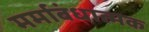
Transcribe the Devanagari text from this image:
मर्माबंधात्मक